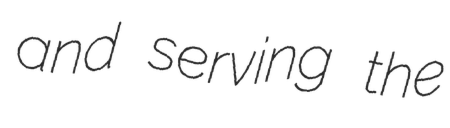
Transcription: and serving the